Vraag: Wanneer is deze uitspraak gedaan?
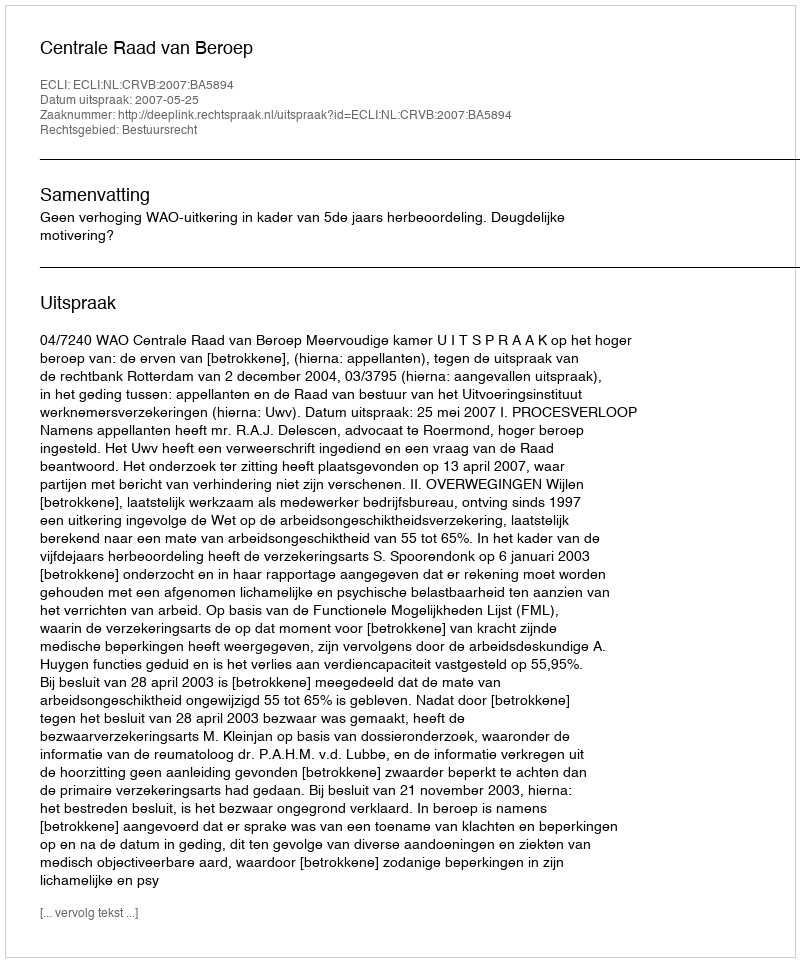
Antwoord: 2007-05-25